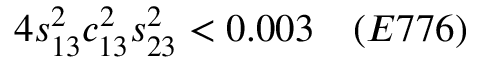
4 s _ { 1 3 } ^ { 2 } c _ { 1 3 } ^ { 2 } s _ { 2 3 } ^ { 2 } < 0 . 0 0 3 ~ ~ ~ ( E 7 7 6 )